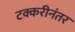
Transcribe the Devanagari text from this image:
टक्करीनंतर